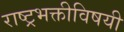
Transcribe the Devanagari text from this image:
राष्ट्रभक्तीविषयी